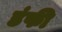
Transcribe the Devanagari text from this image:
डंफी